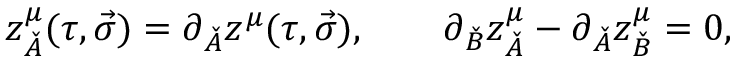
z _ { \check { A } } ^ { \mu } ( \tau , \vec { \sigma } ) = \partial _ { \check { A } } z ^ { \mu } ( \tau , \vec { \sigma } ) , \quad \quad \partial _ { \check { B } } z _ { \check { A } } ^ { \mu } - \partial _ { \check { A } } z _ { \check { B } } ^ { \mu } = 0 ,